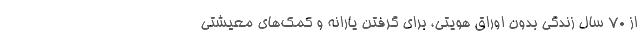
از 70 سال زندگي بدون اوراق هويتي، براي گرفتن يارانه و كمك‌هاي معيشتي